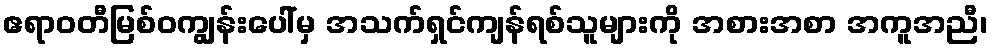
ဧရာဝတီမြစ်ဝကျွန်းပေါ်မှ အသက်ရှင်ကျန်ရစ်သူများကို အစားအစာ အကူအညီ၊